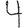
Digit: 4